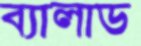
ব্যালাড